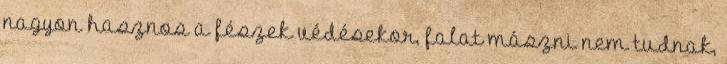
nagyon hasznos a fészek védésekor, falat mászni nem tudnak,